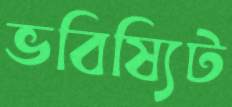
ভবিষ্যিট